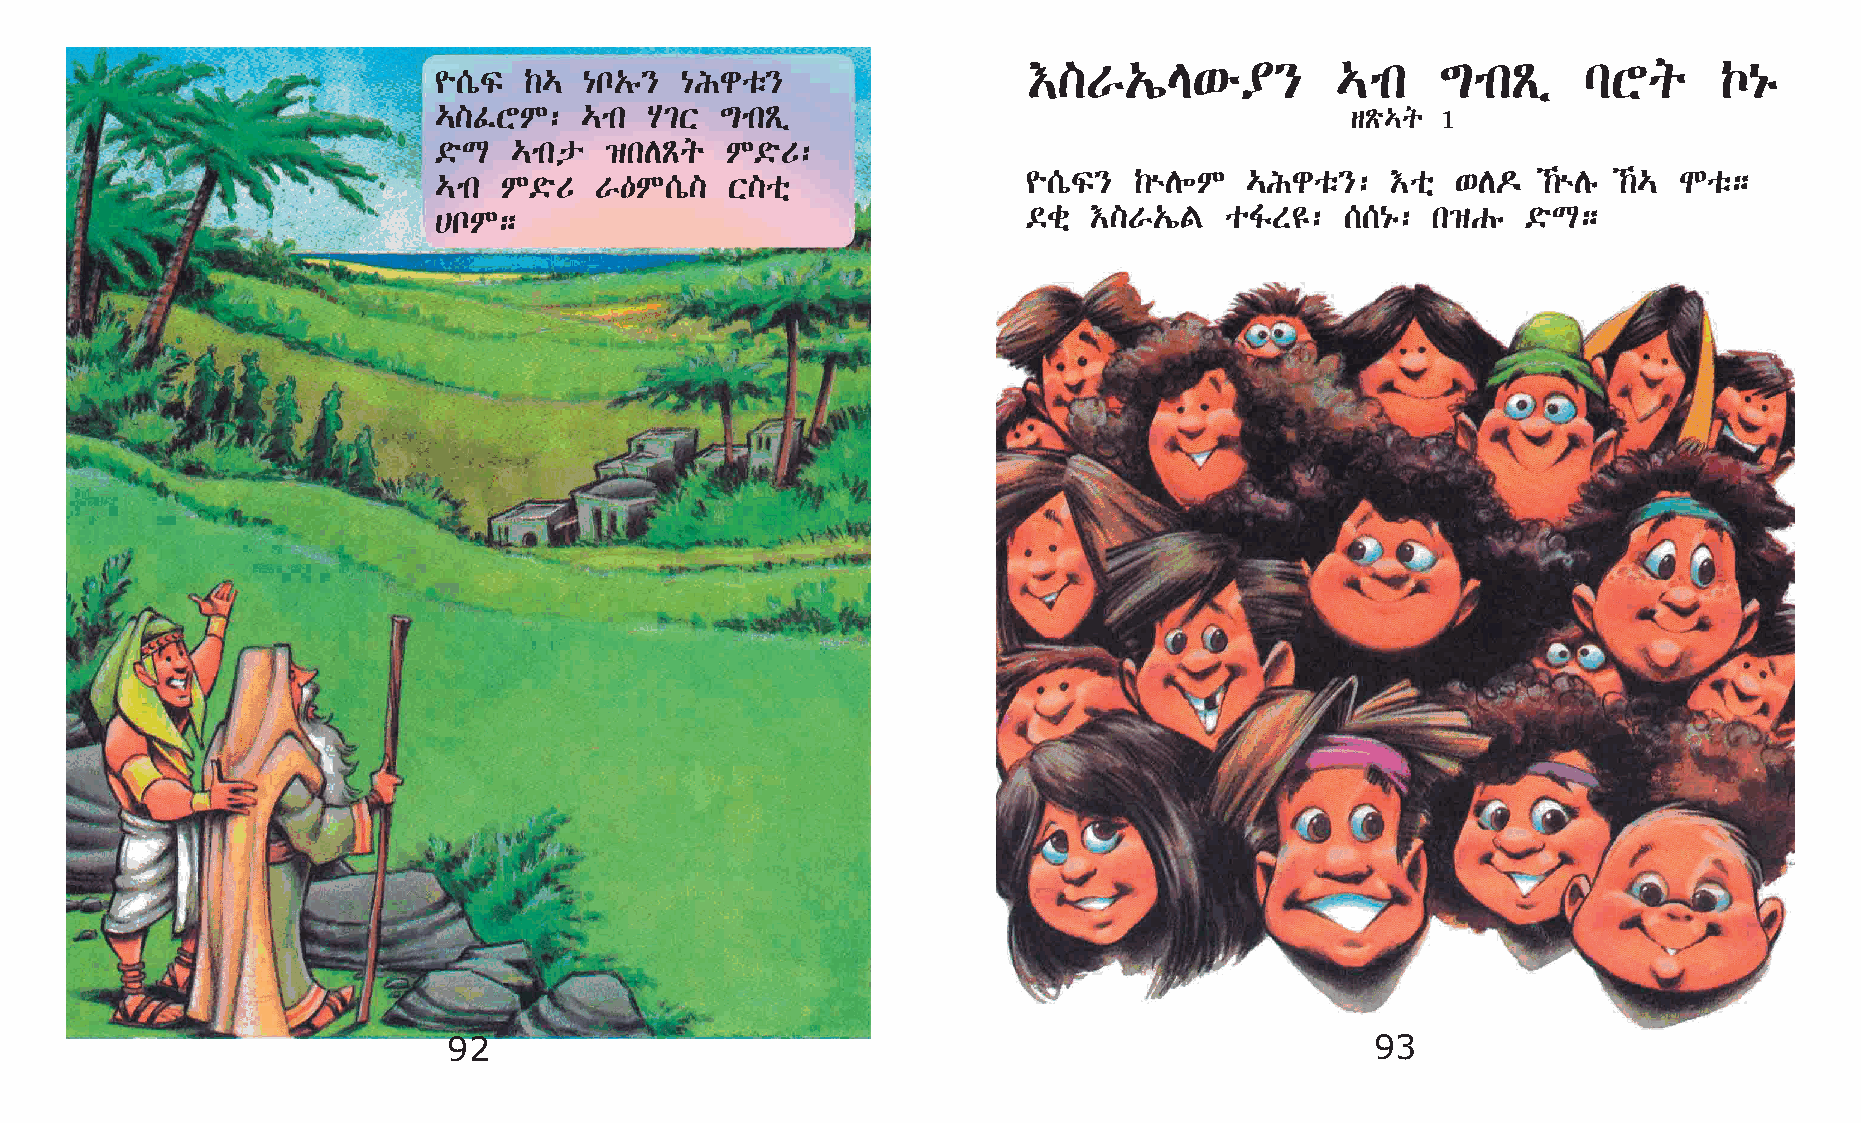
†]V„íE‘é¥}          …mk    ´mkÃï     lYq      Œ{ê
 ¨[òÏ  ‰…  {n„ê} {Igoë}
 …]ÊYM:   …mk  A²X  ´mkÃï                                    sÃö…q 1
 ©öL  …mkp  ›kDÃq   M©öU:
 …mk M©öU  V—M[ò]   X]oñ                ¨[òÏ}  ‰ùD÷M  …Igoë}:   †oñ ‘D¬   ‰ùDê ‰… Noë;
 @nM;                                   ©cñ †]V„íF   oÍS£:   [[{ê: k›Gê  ©öL;
 92                                                           93